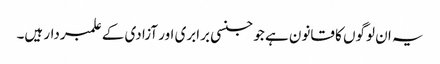
یہ ان لوگوں کا قانون ہے جو جنسی برابری اور آزادی کے علمبردار ہیں۔